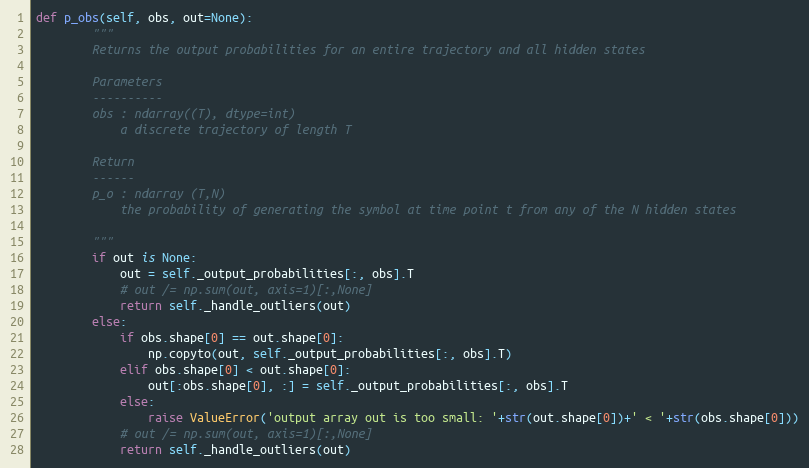
Language: Python
def p_obs(self, obs, out=None):
        """
        Returns the output probabilities for an entire trajectory and all hidden states

        Parameters
        ----------
        obs : ndarray((T), dtype=int)
            a discrete trajectory of length T

        Return
        ------
        p_o : ndarray (T,N)
            the probability of generating the symbol at time point t from any of the N hidden states

        """
        if out is None:
            out = self._output_probabilities[:, obs].T
            # out /= np.sum(out, axis=1)[:,None]
            return self._handle_outliers(out)
        else:
            if obs.shape[0] == out.shape[0]:
                np.copyto(out, self._output_probabilities[:, obs].T)
            elif obs.shape[0] < out.shape[0]:
                out[:obs.shape[0], :] = self._output_probabilities[:, obs].T
            else:
                raise ValueError('output array out is too small: '+str(out.shape[0])+' < '+str(obs.shape[0]))
            # out /= np.sum(out, axis=1)[:,None]
            return self._handle_outliers(out)